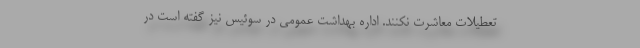
تعطیلات معاشرت نکنند. اداره بهداشت عمومی در سوئیس نیز گفته است در